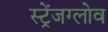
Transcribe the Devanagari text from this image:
स्ट्रेंजग्लोव